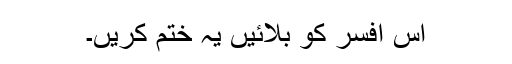
اس افسر کو بلائیں یہ ختم کریں۔